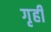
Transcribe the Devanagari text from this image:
गृहीं